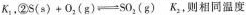
K _ { 1 }$$，②$$S ( s ) + О _ { 2 } ( g ) \rightleftharpoons S O _ { 2 } ( g )$$ K_{2+}则相同温度